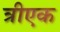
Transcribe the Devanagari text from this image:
त्रीएक